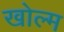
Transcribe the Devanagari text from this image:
खोल्म